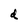
Character: d